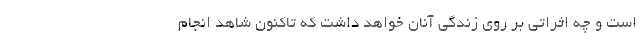
است و چه اثراتی بر روی زندگی آنان خواهد داشت که تاکنون شاهد انجام